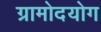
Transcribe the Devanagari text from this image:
ग्रामोदयोग